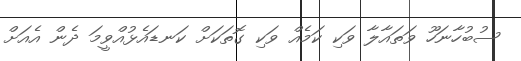
ސުބުހާނަހޫ ވަތައާލާ ވަކި ކަމެއް ވަކި ގޮތަކަށް ކަނޑައެޅުއްވީމަ ދެން އެއަށް